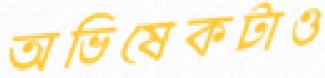
অভিষেকটাও